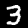
Label: 3